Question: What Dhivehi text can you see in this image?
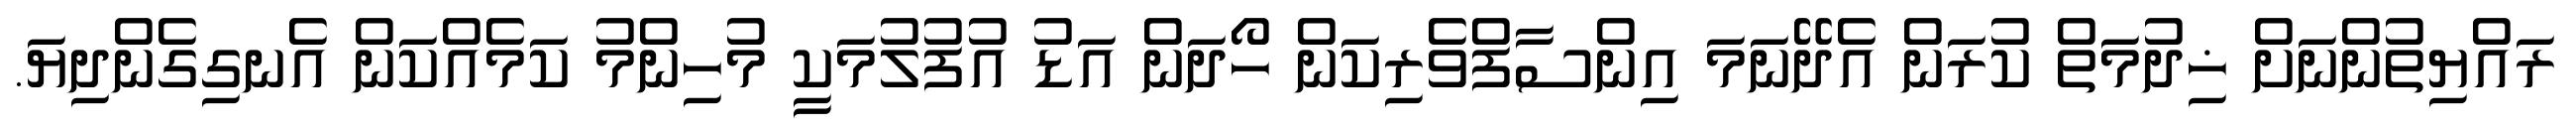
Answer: ރައްޔިތުންނަށް ޚިދުމަތް ކުރަން އެދޭނަމަ އިންސާފްވެރިކަން ހޯދަން އަޑު އުފުލުމަކީ މުހިންމު ކަމެއްކަން އެނގިގެންދިޔަ.